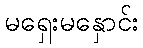
မရှေးမနှောင်း